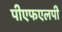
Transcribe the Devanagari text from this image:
पीएफएलपी